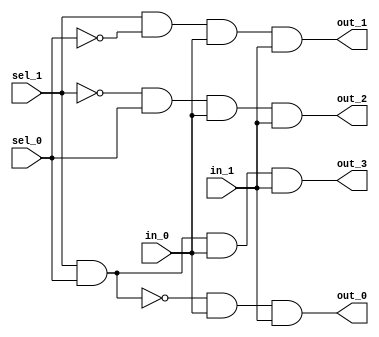
module demux_2to4 (
    input wire in_0,
    input wire in_1,
    input wire sel_0,
    input wire sel_1,
    output reg out_0,
    output reg out_1,
    output reg out_2,
    output reg out_3
    );

always @(in_0, in_1, sel_0, sel_1)
    begin
        // Output 0
        out_0 = ~(sel_1 & sel_0) & in_0 & in_1;
        
        // Output 1
        out_1 = (sel_1 & ~sel_0) & in_0 & in_1;
        
        // Output 2
        out_2 = (~sel_1 & sel_0) & in_0 & in_1;
        
        // Output 3
        out_3 = (sel_1 & sel_0) & in_0 & in_1;
    end

endmodule